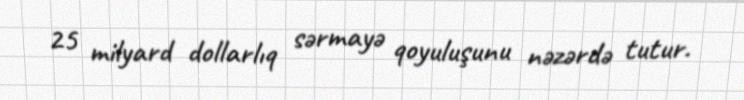
25 milyard dollarlıq sərmayə qoyuluşunu nəzərdə tutur.